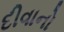
દીવાનો